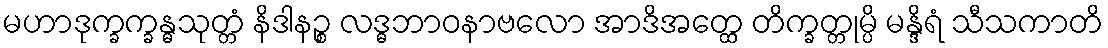
မဟာဒုက္ခက္ခန္ဓသုတ္တံ နိဒါနဉ္စ လဒ္ဓဘာဝနာဗလော အာဒိအတ္ထေ တိက္ခတ္တုမ္ပိ မန္ဒိရံ သီသကာတိ